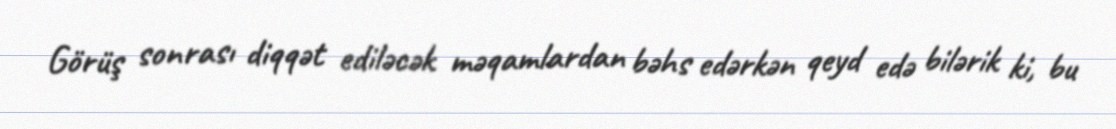
Görüş sonrası diqqət ediləcək məqamlardan bəhs edərkən qeyd edə bilərik ki, bu